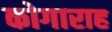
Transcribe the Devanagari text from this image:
कोगाराह